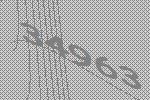
34963